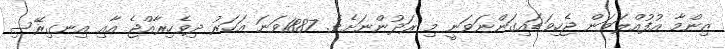
ޒިންމާ އުފުއްލަވަން ޖެހިވަޑައިގަންނަވަނީ މި ރަދުންނަށެވެ. 1887ވަނަ އަހަރު ދިވެހިރާއްޖެ އާއި އިނގިރޭސި